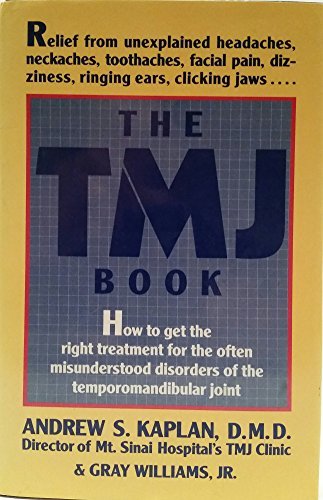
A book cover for The Tmj Book; Andrew S. Kaplan; Medical Books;